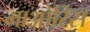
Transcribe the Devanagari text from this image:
माओरिस